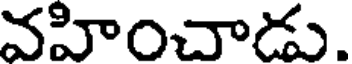
వహించాడు.